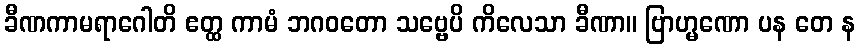
ခီဏကာမရာဂေါတိ ဧတ္ထ ကာမံ ဘဂဝတော သဗ္ဗေပိ ကိလေသာ ခီဏာ။ ဗြာဟ္မဏော ပန တေ န